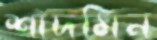
শাদমিন